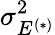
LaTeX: \sigma_{E^{(*)}}^{2}